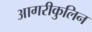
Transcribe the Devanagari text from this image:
आगरीकुलिन